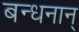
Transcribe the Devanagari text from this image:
बन्‍धनान्